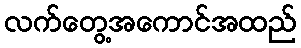
လက်တွေ့အကောင်အထည်